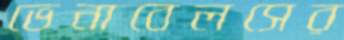
ভেনাবেলসের